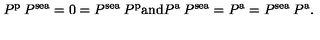
P ^ { \mathrm { \scriptsize { p } } } \: P ^ { \mathrm { \scriptsize { s e a } } } = 0 = P ^ { \mathrm { \scriptsize { s e a } } } \: P ^ { \mathrm { \scriptsize { p } } } { \mathrm { a n d } } P ^ { \mathrm { \scriptsize { a } } } \: P ^ { \mathrm { \scriptsize { s e a } } } = P ^ { \mathrm { \scriptsize { a } } } = P ^ { \mathrm { \scriptsize { s e a } } } \: P ^ { \mathrm { \scriptsize { a } } } .